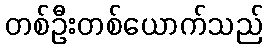
တစ်ဦးတစ်ယောက်သည်